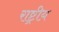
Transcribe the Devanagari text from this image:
राष्ट्रीय़